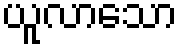
ယူလာသော